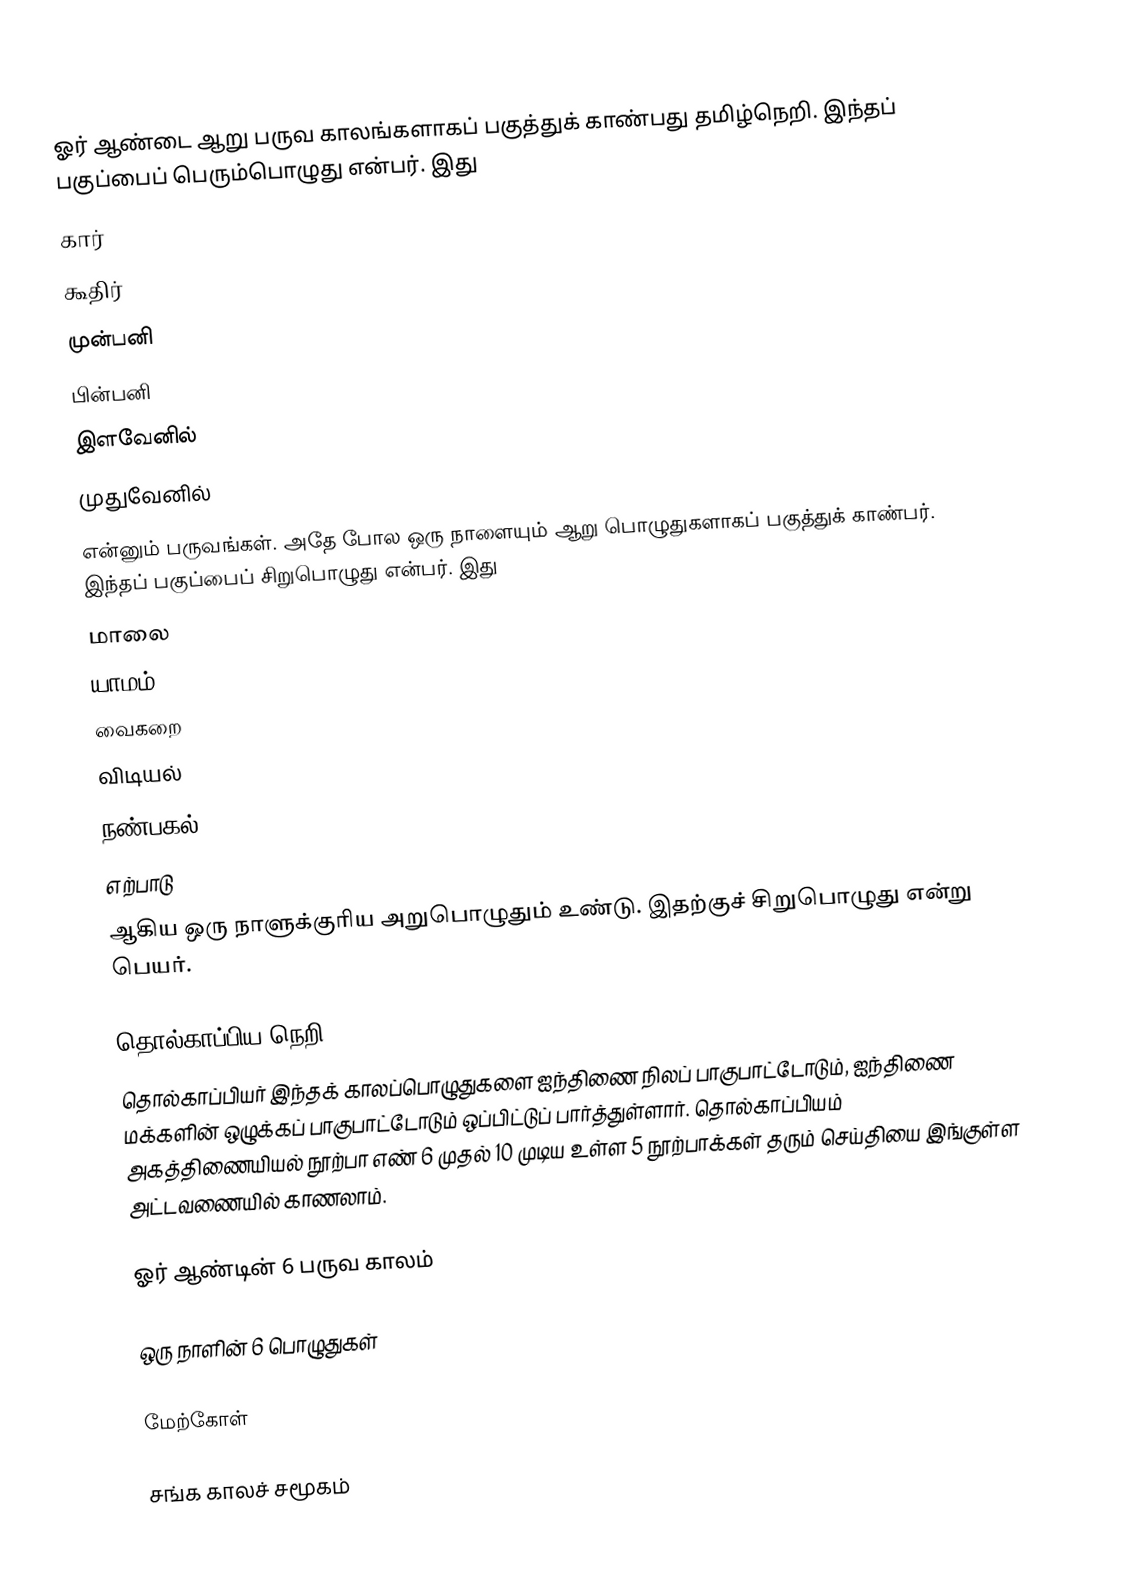
ஓர் ஆண்டை ஆறு பருவ காலங்களாகப் பகுத்துக் காண்பது தமிழ்நெறி. இந்தப் பகுப்பைப் பெரும்பொழுது என்பர். இது
 கார்
 கூதிர்
 முன்பனி
 பின்பனி
 இளவேனில்
 முதுவேனில்
என்னும் பருவங்கள். அதே போல ஒரு நாளையும் ஆறு பொழுதுகளாகப் பகுத்துக் காண்பர். இந்தப் பகுப்பைப்  சிறுபொழுது என்பர். இது
 மாலை
 யாமம்
 வைகறை
 விடியல்
 நண்பகல்
 எற்பாடு
ஆகிய ஒரு நாளுக்குரிய அறுபொழுதும் உண்டு. இதற்குச் சிறுபொழுது என்று பெயர்.

தொல்காப்பிய நெறி
தொல்காப்பியர் இந்தக் காலப்பொழுதுகளை ஐந்திணை நிலப் பாகுபாட்டோடும், ஐந்திணை மக்களின் ஒழுக்கப் பாகுபாட்டோடும் ஒப்பிட்டுப் பார்த்துள்ளார். தொல்காப்பியம் அகத்திணையியல் நூற்பா எண் 6 முதல் 10 முடிய உள்ள 5 நூற்பாக்கள் தரும் செய்தியை இங்குள்ள அட்டவணையில் காணலாம்.

ஓர் ஆண்டின் 6 பருவ காலம்

ஒரு நாளின் 6 பொழுதுகள்

மேற்கோள்

சங்க காலச் சமூகம்